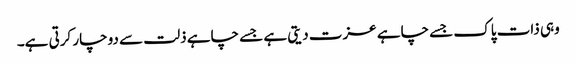
وہی ذات پاک جسے چاہے عزت دیتی ہے جسے چاہے ذلت سے دوچار کرتی ہے۔